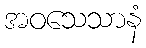
အဝသေသာနံ